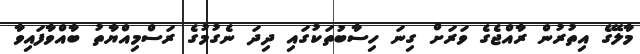
މާލޭގެ އިތުރުން ރާއްޖެގެ ވަރަށް ގިނަ ހިސާބުތަކުގައި ދިދަ ނެގުމުގެ ރަސްމިއްޔާތު ބާއްވާފައިވާ